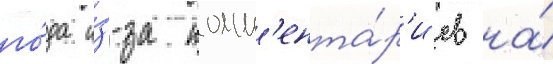
го́да и́з-за комм'ента́р'иев на́